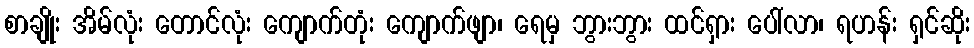
စာချိုး အိမ်လုံး တောင်လုံး ကျောက်တုံး ကျောက်ဖျာ၊ ရေမှ ဘွားဘွား ထင်ရှား ပေါ်လာ၊ ရဟန်း ရှင်ဆိုး